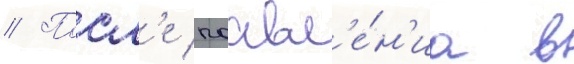
// Посл'е поавл'е́н'иа в